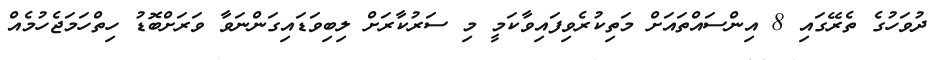
ދުވަހުގެ ތެރޭގައި 8 އިންސައްތައަށް މަތިކުރެވިފައިވާކަމީ މި ސަރުކާރަށް ލިބިވަޑައިގަންނަވާ ވަރަށްބޮޑު ހިތްހަމަޖެހުމެއް